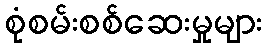
စုံစမ်းစစ်ဆေးမှုများ